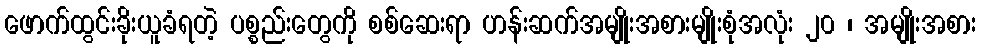
ဖောက်ထွင်းခိုးယူခံရတဲ့ ပစ္စည်းတွေကို စစ်ဆေးရာ ဟန်းဆက်အမျိုးအစားမျိုးစုံအလုံး ၂၀ ၊ အမျိုးအစား